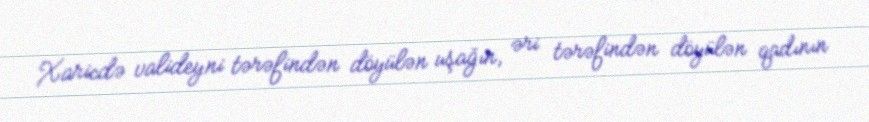
Xaricdə valideyni tərəfindən döyülən uşağın, əri tərəfindən döyülən qadının